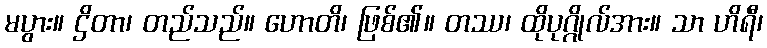
မပွား။ ဌိတာ၊ တည်သည်။ ဟောတိ၊ ဖြစ်၏။ တဿ၊ ထိုပုဂ္ဂိုလ်အား။ သာ ဟိရီ၊